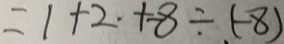
= 1 + 2 \cdot + - 8 \div ( - 8 )